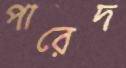
পারেদ